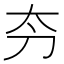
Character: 𫥲